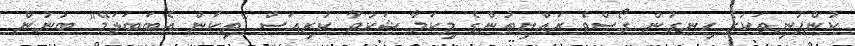
ކުންފުނިތަކުގެ ހިނގުން ގޯސްވެ ރައްޔިތުންގެ މިކަމާ ޝަކުވާ ކުރިއަސް "ތިކަން އެބަބަލަމޭ" ބުނުން